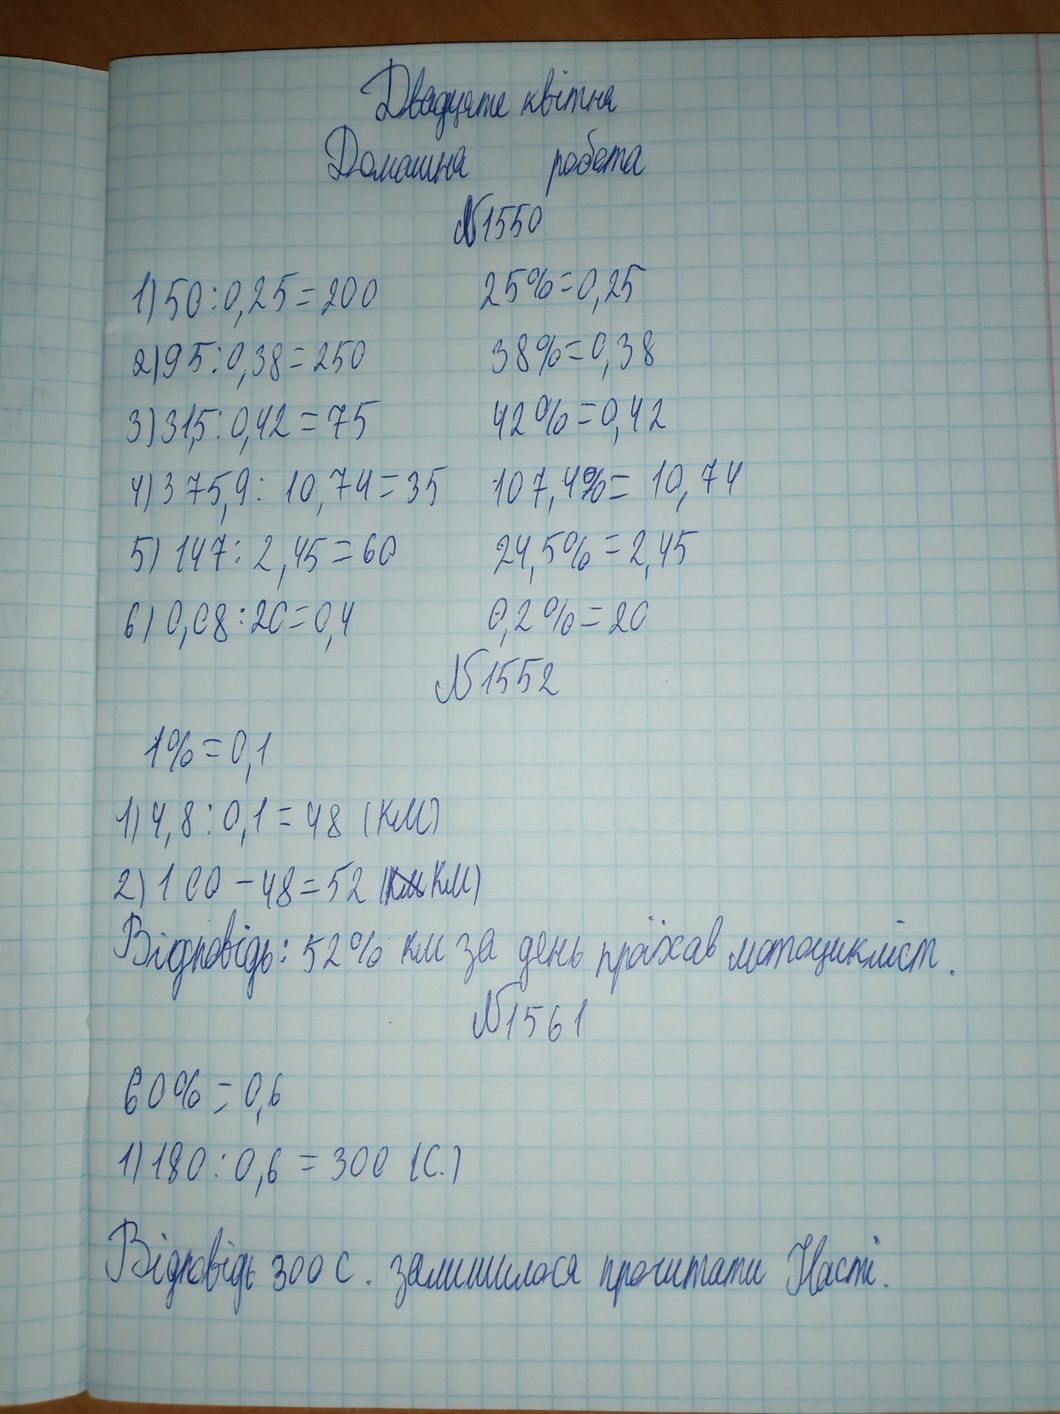
Двадцяте квітня
Домашня робота
№1550
25% = 0,25
1) 50 : 0,25 = 200
38% = 0,38
2) 95 : 0,38 = 250
42 % = 0,42
3) 31,5 : 0,42 = 75
107,4% = 10,74
4) 375,9 : 10,74 = 35
24,5% = 2,45
5) 147 : 2,45 = 60
6) 0,08 : 20 = 0,4
0,2 % = 20
№1552
1% = 0,1
1) 4,8 : 0,1 = 48 (км)
2) 100 - 48 = 52 (~~км~~ км)
Відповідь: 52% км за день проїхав мотоцикліст.
№ 1561
60% = 0,6
1) 180 : 0,6 = 300 (с.)
Відповідь 300 с. залишилося прочитати Насті.